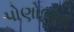
પોણોભાગ